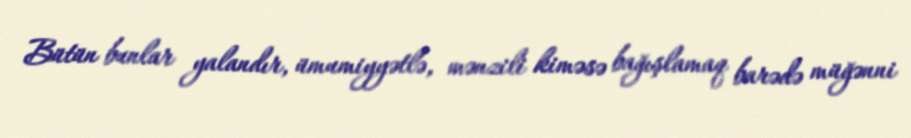
Bütün bunlar yalandır, ümumiyyətlə, mənzili kiməsə bağışlamaq barədə müğənni